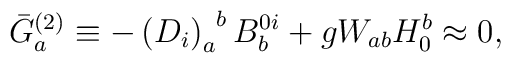
\bar{G}_{a}^{(2)}\equiv -\left( D_{i}\right)_{a}^{\;\;b}B_{b}^{0i}+gW_{ab}H_{0}^{b}\approx 0,